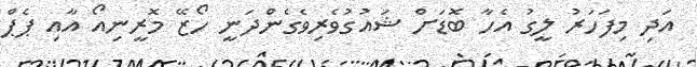
އަދި މިފަހަރު ލީގު އެހާ ބޮޑަށް ޝައުގުވެރިވެގެންދަނީ ހޯޒޭ މޮރީނިއޯ އާއި ޕެޕް